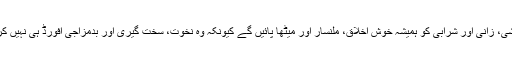
آپ راشی، زانی اور شرابی کو ہمیشہ خوش اخلاق، ملنسار اور میٹھا پائیں گے کیونکہ وہ نخوت، سخت گیری اور بدمزاجی افورڈ ہی نہیں کرسکتا۔